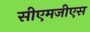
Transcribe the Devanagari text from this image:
सीएमजीएस